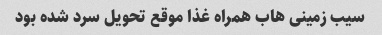
سیب زمینی هاب همراه غذا موقع تحویل سرد شده بود